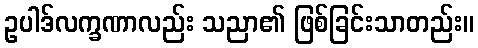
ဥပါဒ်လက္ခဏာလည်း သညာ၏ ဖြစ်ခြင်းသာတည်း။